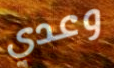
وعدي